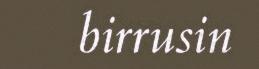
birrusin